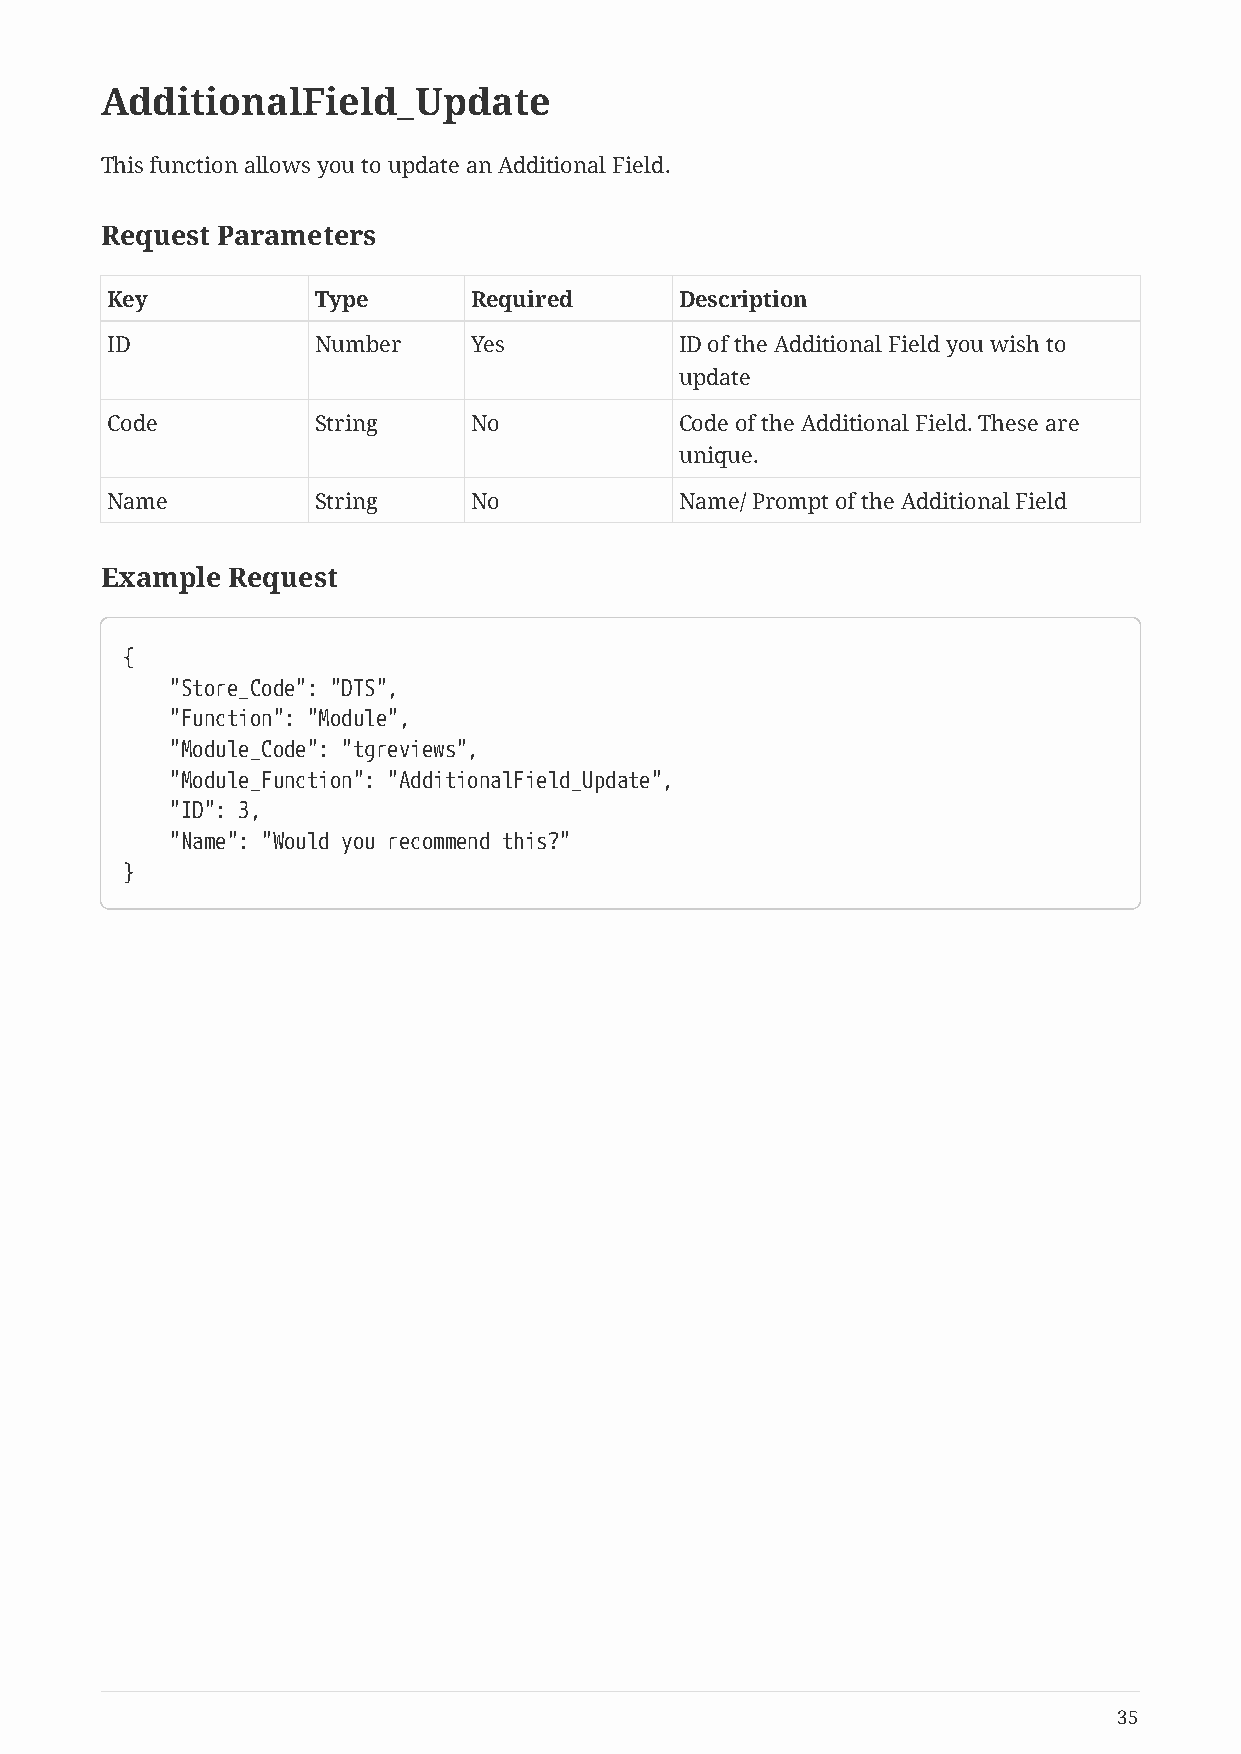
AdditionalField_Update
 This function allows you to update an Additional Field.
 Request Parameters
 Key           Type      Required      Description
 ID            Number    Yes           ID of the Additional Field you wish to
 update
 Code          String    No            Code of the Additional Field. These are
 unique.
 Name          String    No            Name/ Prompt of the Additional Field
 Example Request
 {
 "Store_Code": "DTS",
 "Function": "Module",
 "Module_Code": "tgreviews",
 "Module_Function": "AdditionalField_Update",
 "ID": 3,
 "Name": "Would you recommend this?"
 }
 35